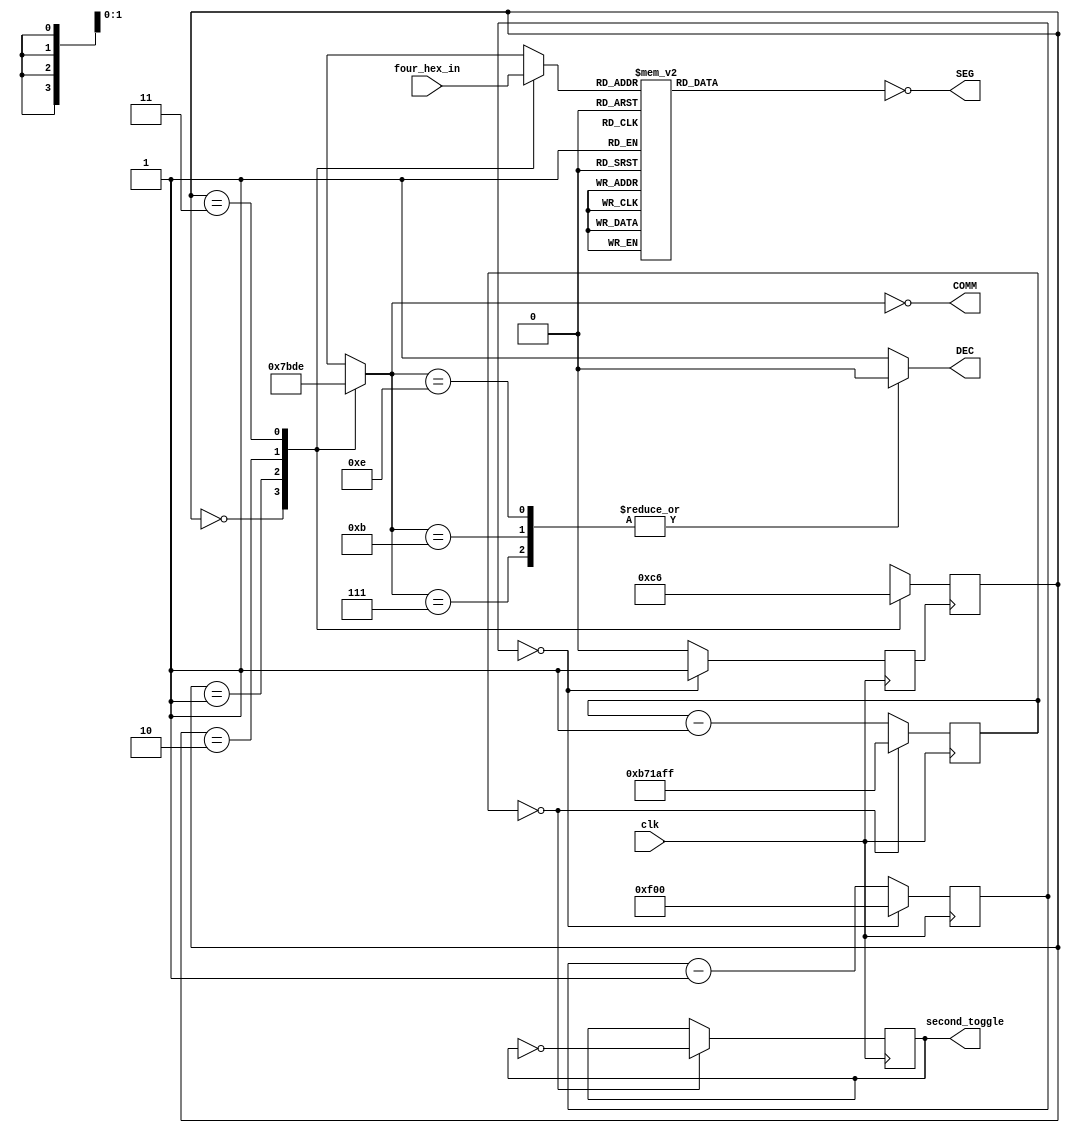
module display( 
    input clk, 
    input [15:0] four_hex_in,
    //
    //  Register output for second_toggle
    //
    output reg second_toggle,
    output [6:0] SEG, 
    output [3:0] COMM,
    output DEC);

    // Initialize common anode signals
    // ACTIVE LOW
    reg [3:0] comm;
    assign COMM = ~comm; // tie to output

    reg dec;
    assign DEC = dec;

    // Declare segment signals
    // ACTIVE HIGH
    reg [6:0] seg;
    assign SEG = ~seg; // tie to output


    /// second timer signals
    localparam [23:0] timer_init = 24'd11999999;
    reg [23:0] second_timer_state;
    reg second_toggle; // will update in second_timer SM

    /// preload second timer state machine
    initial begin
        second_timer_state = timer_init;
        second_toggle = 1;
    end /// end timer state initial begin

    /// second_timer
    /// second timer state machine
    /// generates a signal that toggles every second
    always @(posedge clk) begin
        if (second_timer_state == 0) begin
            second_timer_state = timer_init;
            //
            // toggle second_toggle here
            second_toggle = ~second_toggle;

           
        end /// end if
        else begin
            second_timer_state <= second_timer_state - 1;
        end /// end else
    end /// second timer state machine

    /// Display refresh signals
    /// 2 bit signal to track displayed digit
    reg [1:0] dd = 2'b11; // dd range 0-3
    /// current hex digit
    reg [3:0] hex_to_display;

    /// refresh timer signals
    localparam [23:0] refresh_init = 24'h000f00;
    reg [23:0] refresh_timer_state;
    reg refresh_tick;

    // preload refresh state machine
    initial begin
        refresh_timer_state = refresh_init;
        refresh_tick = 1;
    end // end refresh timer initial begin


    /// refresh timer state machine
    /// generates a tick roughly every ms
    always @(posedge clk) begin
          if (refresh_timer_state == 0) begin
            refresh_timer_state = refresh_init;
            refresh_tick = 1;
          end /// end if
          else begin
            refresh_timer_state <= refresh_timer_state - 1;
            refresh_tick = 0;
          end /// end else
    end /// refresh timer state machine

    /// display digit state machine
    /// follows team pattern
    always @(posedge refresh_tick) begin
          case(dd)
              2'b00   : dd = 2'b11;
              2'b01   : dd = 2'b00;
              2'b10   : dd = 2'b01;
              2'b11   : dd = 2'b10;
              default : dd = 2'b00;
          endcase
    end /// display_digit state machine

///////////////////////////////////////////////////
/// Combinational circuits start here
///////////////////////////////////////////////////

    always @ ( * ) begin

    /// drives the 'one hot' common cathodes
    case(dd)
        2'b00   : comm = 4'b0111;
        2'b01   : comm = 4'b1011;
        2'b10   : comm = 4'b1101;
        2'b11   : comm = 4'b1110;
        default : comm = 4'b1110;
    endcase

    /// What the heck does this do?
    case(comm)
        4'b0111 : dec = 1'b0;
        4'b1011 : dec = 1'b0;
        4'b1101 : dec = 1'b1;
        4'b1110 : dec = 1'b0;
        default : dec = 1'b1;
    endcase

    /// selects the hex digit for the currently displayed digit
          case(dd)
              2'b00   : hex_to_display = four_hex_in[15:12]; 
              2'b01   : hex_to_display = four_hex_in[11:8];
              2'b10   : hex_to_display = four_hex_in[7:4];
              2'b11   : hex_to_display = four_hex_in[3:0];
              default : hex_to_display = 4'b0000;
          endcase



          case(hex_to_display) // upside down
            4'b0000   : seg = 7'b0111111;
            4'b0001   : seg = 7'b0110000;
            4'b0010   : seg = 7'b1011011;
            4'b0011   : seg = 7'b1111001;
            4'b0100   : seg = 7'b1110100;
            4'b0101   : seg = 7'b1101101;
            4'b0110   : seg = 7'b1101111;
            4'b0111   : seg = 7'b0111000;
            4'b1000   : seg = 7'b1111111;
            4'b1001   : seg = 7'b1111100;
            4'b1010   : seg = 7'b1111110;
            4'b1011   : seg = 7'b1100111;
            4'b1100   : seg = 7'b0001111;
            4'b1101   : seg = 7'b1110011;
            4'b1110   : seg = 7'b1001111;
            4'b1111   : seg = 7'b1001110;
            default   : seg = 7'b0000000;
          endcase

      end /// - ends the combinational circuits
endmodule